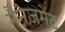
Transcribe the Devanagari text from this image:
मैंनेजमेंट